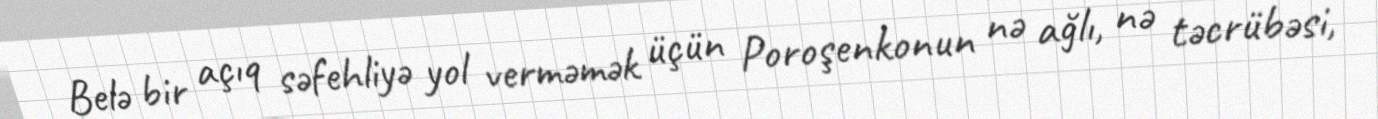
Belə bir açıq səfehliyə yol verməmək üçün Poroşenkonun nə ağlı, nə təcrübəsi,